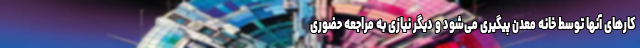
کارهای آنها توسط خانه معدن پیگیری می‌شود و دیگر نیازی به مراجعه حضوری